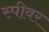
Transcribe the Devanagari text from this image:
स्पीवर